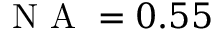
\mathrm { ~ N ~ A ~ } = 0 . 5 5